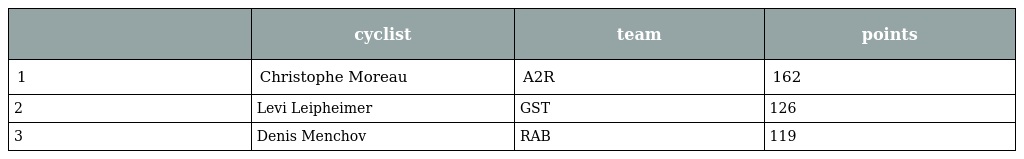
|  | cyclist | team | points |
 | --- | --- | --- | --- |
 | 1 | Christophe Moreau | A2R | 162 |
 | 2 | Levi Leipheimer | GST | 126 |
 | 3 | Denis Menchov | RAB | 119 |